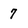
Character: 7